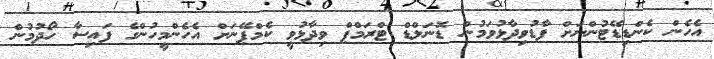
އެހެން ކެންޑިޑޭޓުންނަށް ފާޑުވިދާޅުވަމުން ޑޮނަލްޑް ޓްރަމްޕް ވިދާޅުވީ ކެމްޕޭނަށް އެހެންމީހުންގެ ފައިސާ ހޯދުމުން